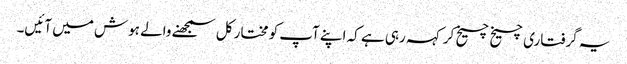
یہ گرفتاری چیخ چیخ کر کہہ رہی ہے کہ اپنے آپ کو مختار کل سمجھنے والے ہوش میں آئیں۔